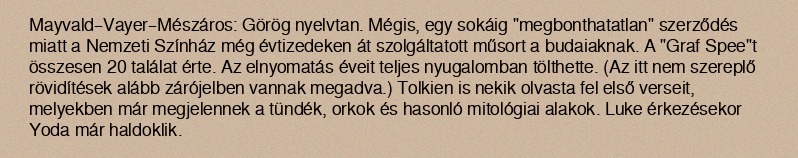
Mayvald–Vayer–Mészáros: Görög nyelvtan. Mégis, egy sokáig "megbonthatatlan" szerződés miatt a Nemzeti Színház még évtizedeken át szolgáltatott műsort a budaiaknak. A "Graf Spee"t összesen 20 találat érte. Az elnyomatás éveit teljes nyugalomban tölthette. (Az itt nem szereplő rövidítések alább zárójelben vannak megadva.) Tolkien is nekik olvasta fel első verseit, melyekben már megjelennek a tündék, orkok és hasonló mitológiai alakok. Luke érkezésekor Yoda már haldoklik.